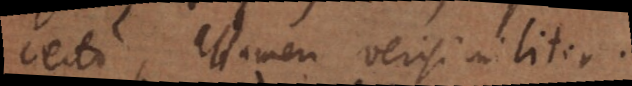
certo, attamen verisimiliter.